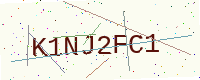
Text: K1NJ2FC1